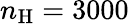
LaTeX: n_{\mathrm{H}}=3000